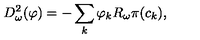
D _ { \omega } ^ { 2 } ( \varphi ) = - \sum _ { k } \varphi _ { k } R _ { \omega } \pi ( c _ { k } ) ,